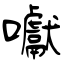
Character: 囐